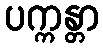
ပက္ကန္တာ